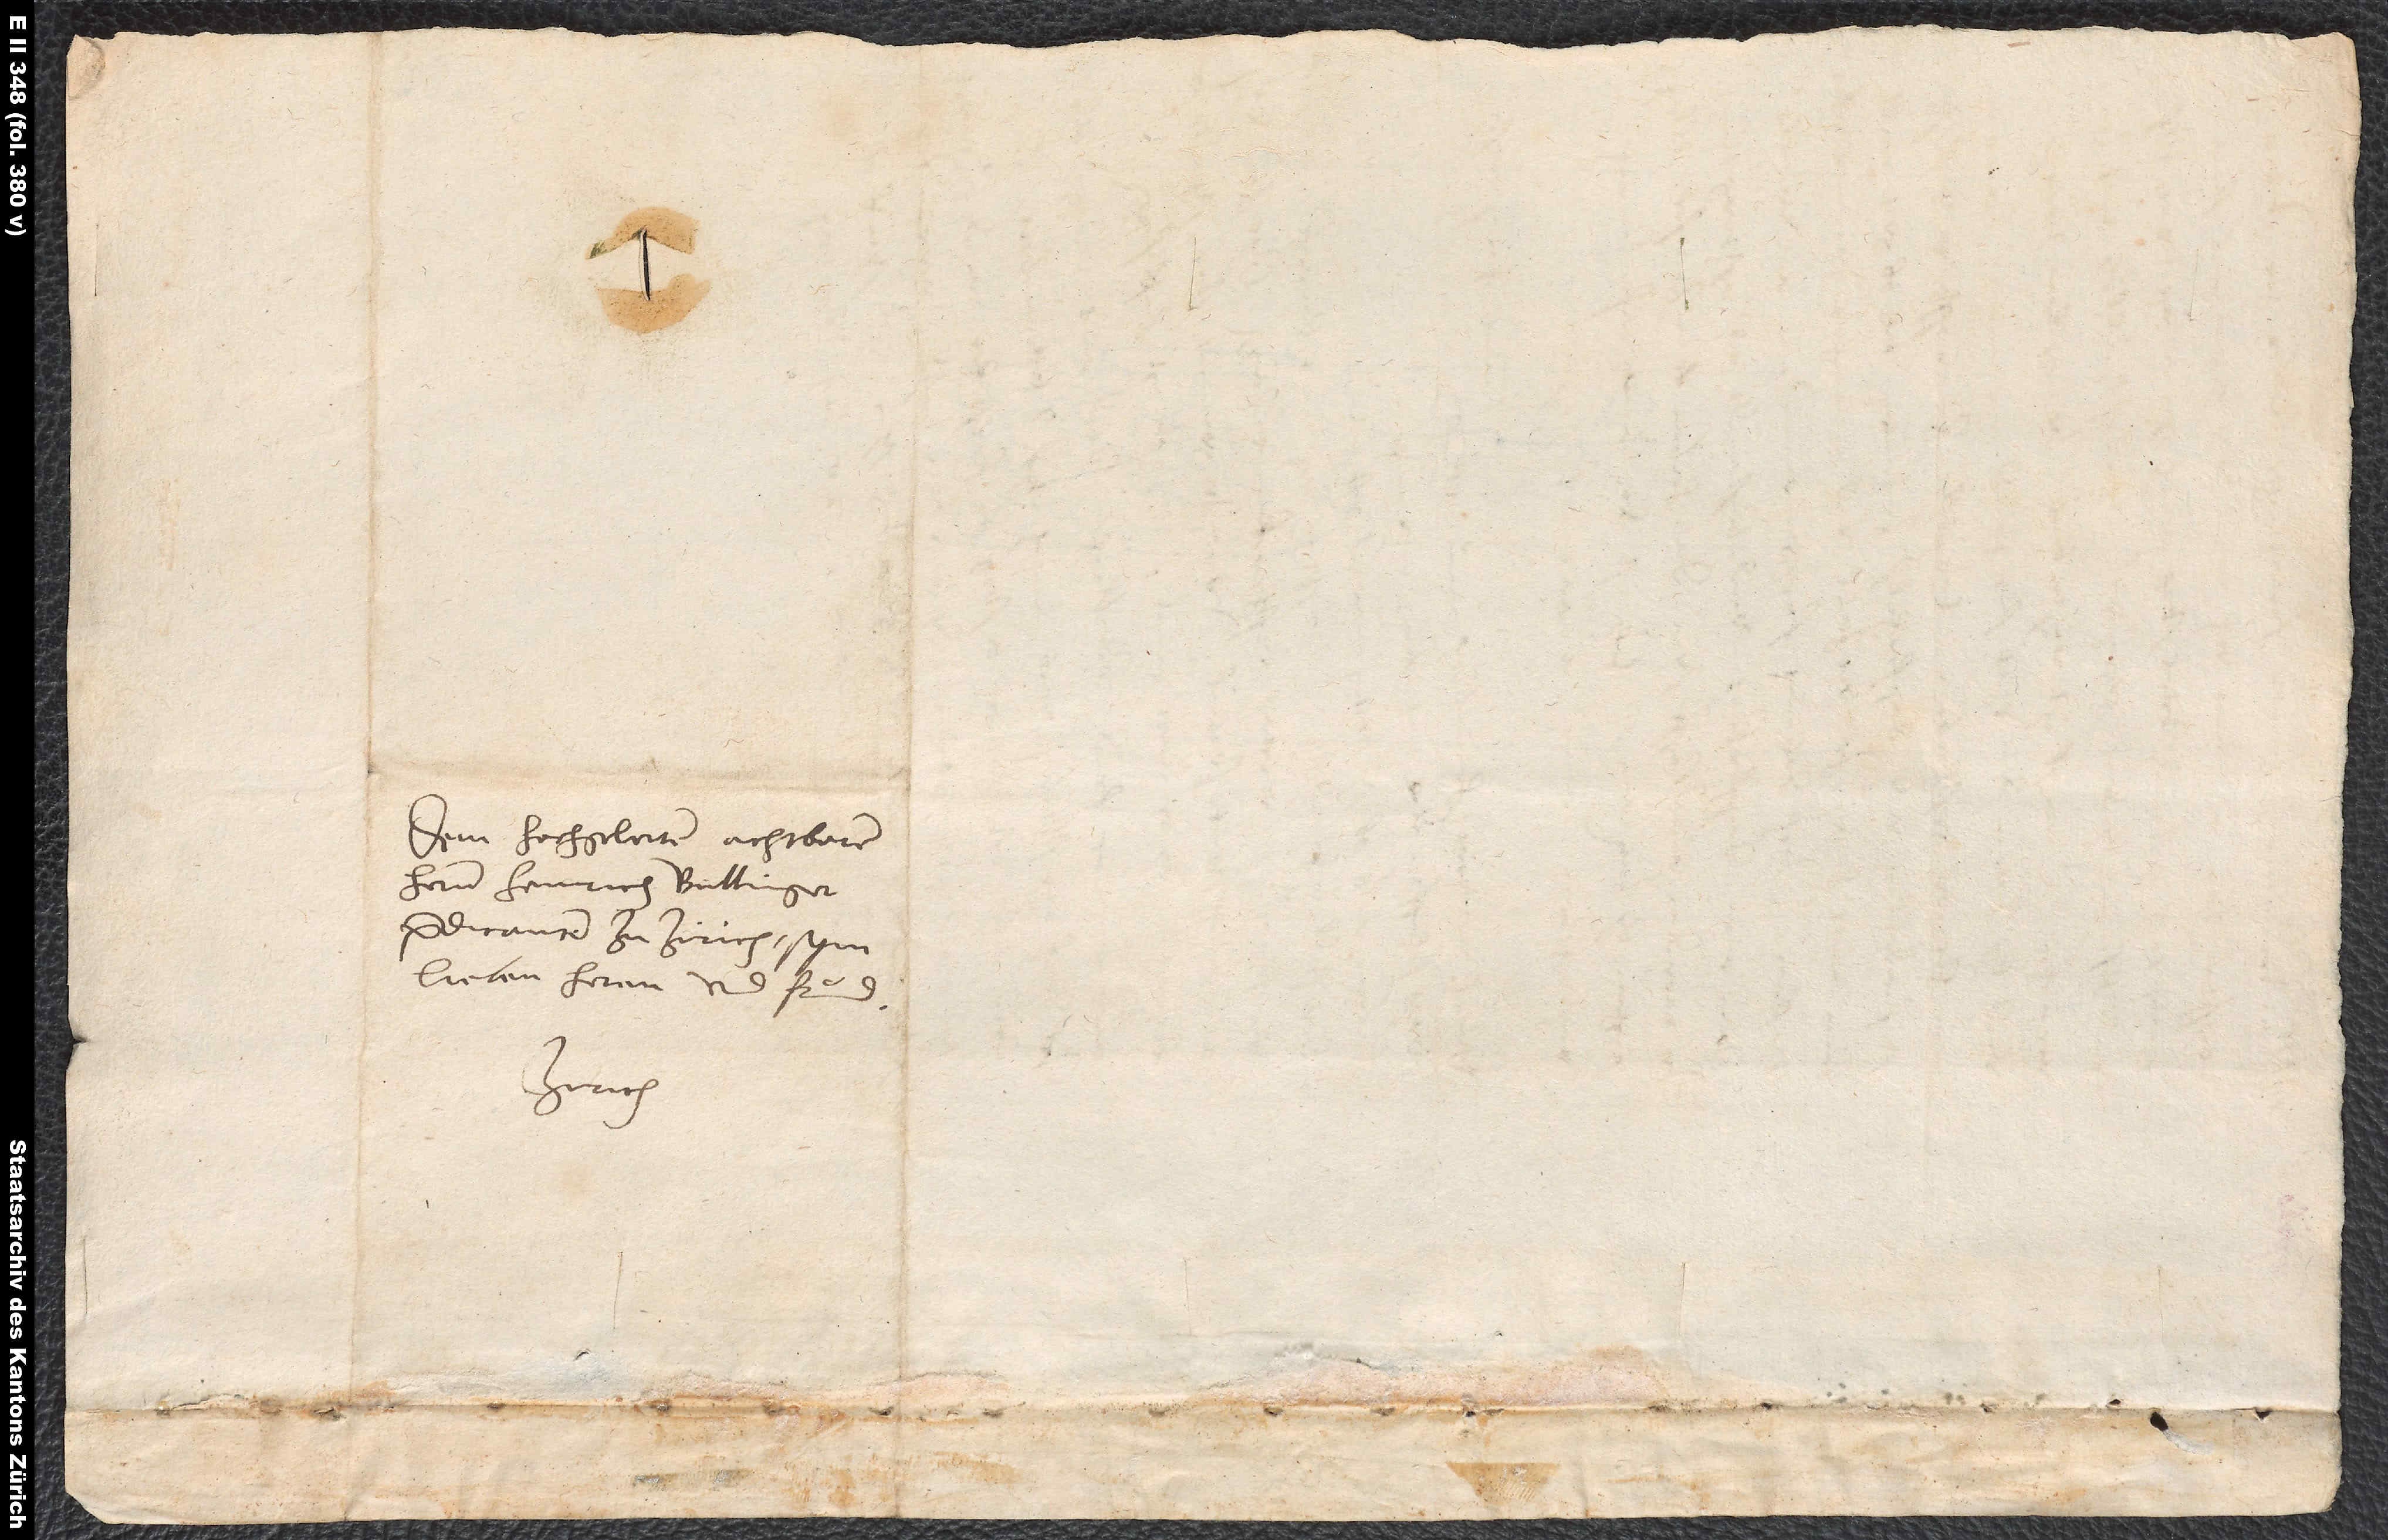
Dem hochgelerten, achtbaren
hernn Heinrich Bullinger,
predicanten zu Zirich, sym
lieben heren und frund.
Zirich.